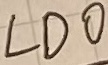
Text: LDO